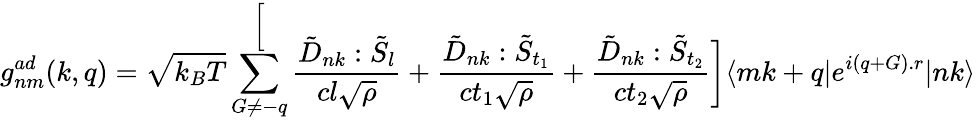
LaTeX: g_{nm}^{ad}(k,q)=\sqrt{k_{B}T}\sum_{G\neq-q}^\bigg[\frac{\tilde{D}_{nk}:\tilde{S}_{l}}{cl\sqrt{\rho}}+\frac{\tilde{D}_{nk}:\tilde{S}_{t_{1}}}{ct_{1}\sqrt{\rho}}+\frac{\tilde{D}_{nk}:\tilde{S}_{t_{2}}}{ct_{2}\sqrt{\rho}}\bigg]\langle mk+q|e^{i(q+G).r}|nk\rangle